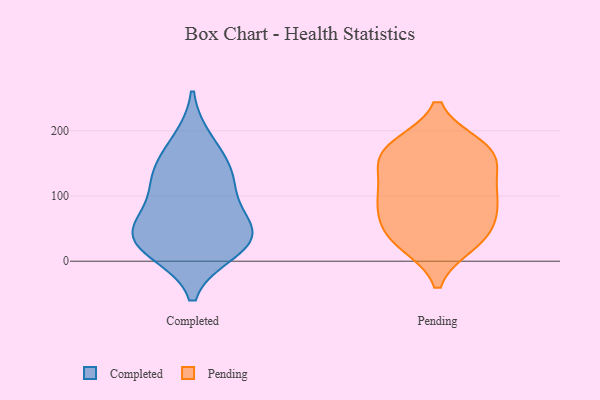
{"axis": {"x": "Page Views", "y": "Value"}, "legend": ["Completed", "Pending"], "data": [{"x": "", "y": 183, "type": "Completed"}, {"x": "", "y": 72, "type": "Completed"}, {"x": "", "y": 17, "type": "Completed"}, {"x": "", "y": 27, "type": "Completed"}, {"x": "", "y": 124, "type": "Completed"}, {"x": "", "y": 46, "type": "Completed"}, {"x": "", "y": 32, "type": "Completed"}, {"x": "", "y": 121, "type": "Completed"}, {"x": "", "y": 145, "type": "Completed"}, {"x": "", "y": 45, "type": "Completed"}, {"x": "", "y": 51, "type": "Pending"}, {"x": "", "y": 26, "type": "Pending"}, {"x": "", "y": 171, "type": "Pending"}, {"x": "", "y": 26, "type": "Pending"}, {"x": "", "y": 140, "type": "Pending"}, {"x": "", "y": 156, "type": "Pending"}, {"x": "", "y": 58, "type": "Pending"}, {"x": "", "y": 125, "type": "Pending"}, {"x": "", "y": 95, "type": "Pending"}, {"x": "", "y": 177, "type": "Pending"}, {"x": "", "y": 99, "type": "Pending"}, {"x": "", "y": 177, "type": "Pending"}, {"x": "", "y": 87, "type": "Pending"}, {"x": "", "y": 165, "type": "Pending"}, {"x": "", "y": 93, "type": "Pending"}, {"x": "", "y": 38, "type": "Pending"}]}